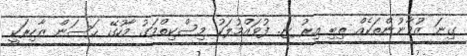
ގިނަ ޒުވާނުންތަކެއް ތިބި އިރު ޏ. ފުވައްމުލަކު މިސްކިތްމަގު މާހުގޭ ޙަސަން ޒާހިރަކީ